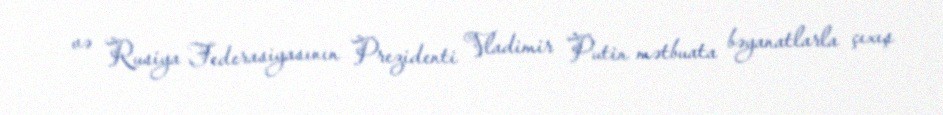
və Rusiya Federasiyasının Prezidenti Vladimir Putin mətbuata bəyanatlarla çıxış